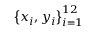
\left\{ x _ { i } , y _ { i } \right\} _ { i = 1 } ^ { 1 2 }